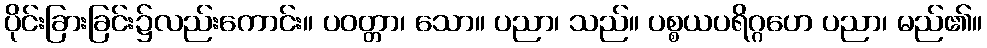
ပိုင်းခြားခြင်း၌လည်းကောင်း။ ပဝတ္တာ၊ သော။ ပညာ၊ သည်။ ပစ္စယပရိဂ္ဂဟေ ပညာ၊ မည်၏။